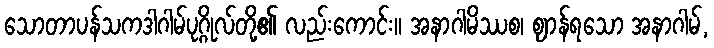
သောတာပန်သကဒါဂါမ်ပုဂ္ဂိုလ်တို့၏ လည်းကောင်း။ အနာဂါမိဿစ၊ ဈာန်ရသော အနာဂါမ်,